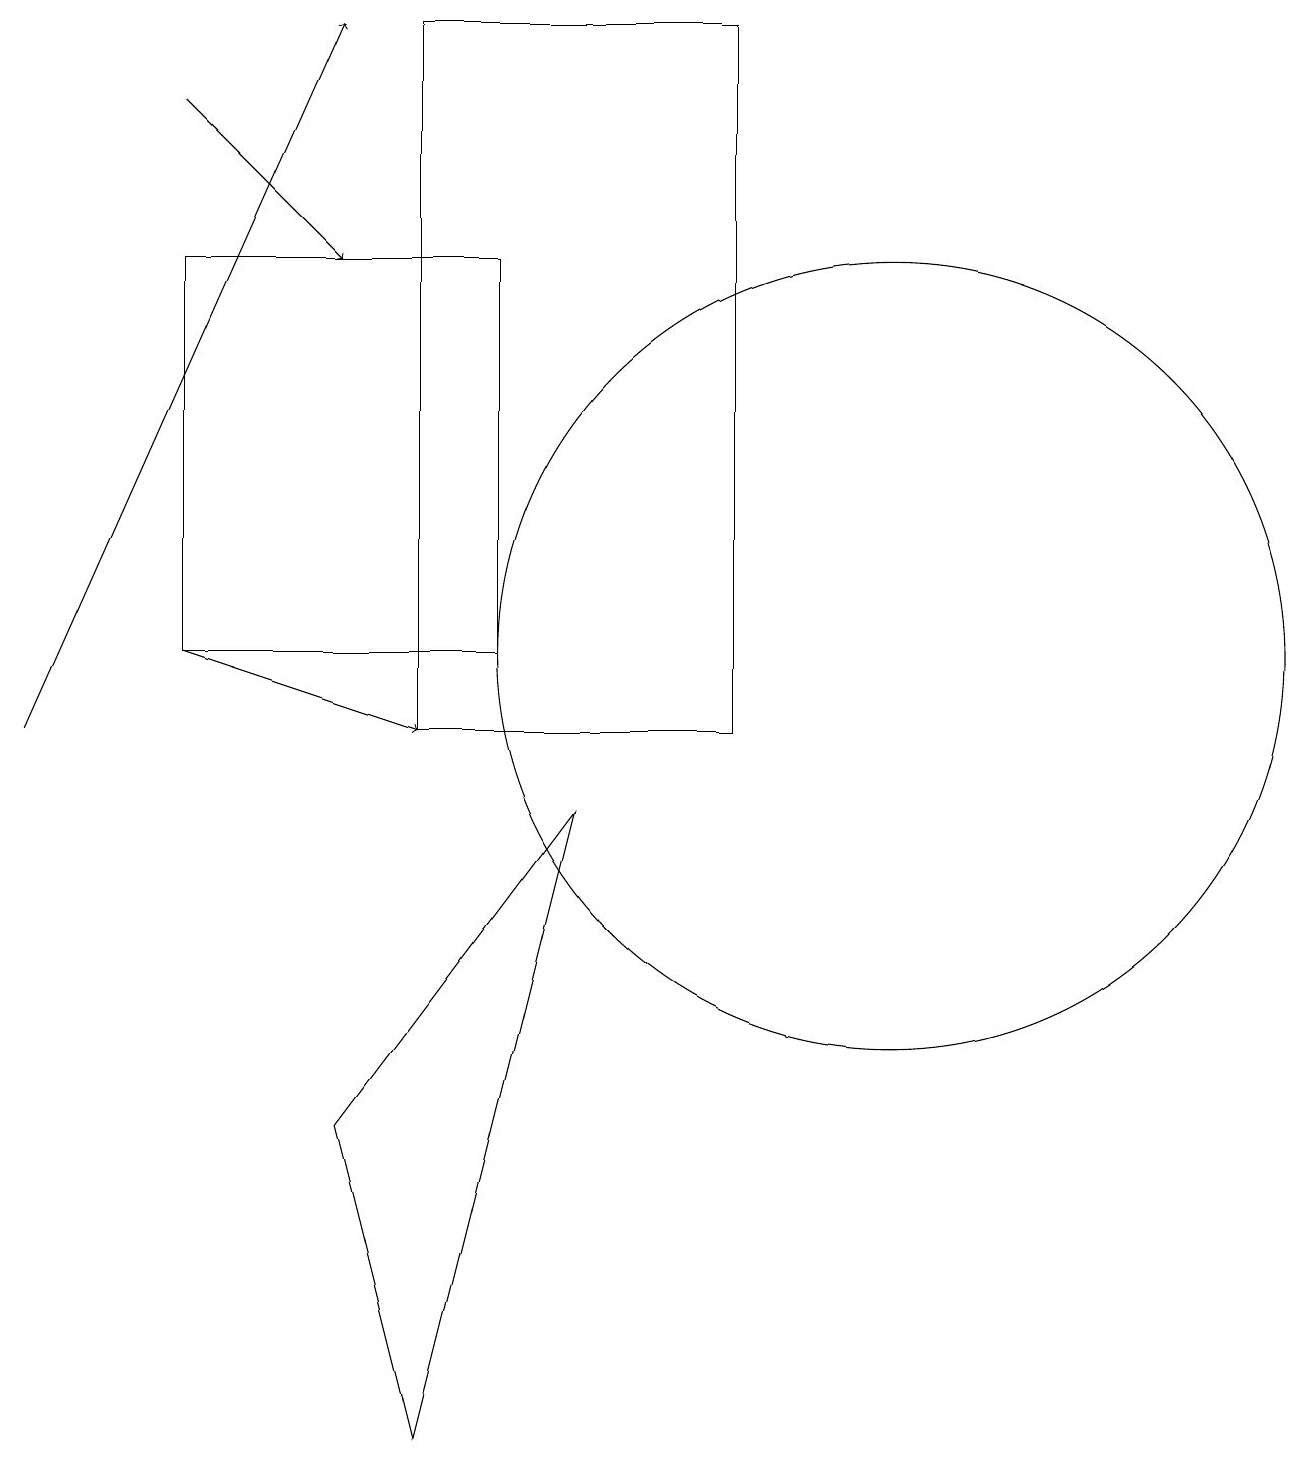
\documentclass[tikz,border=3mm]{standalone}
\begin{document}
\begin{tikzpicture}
\draw (11,11) circle (5);
\draw (7,9) -- (5,1) -- (4,5) -- cycle;
\draw (9,19) rectangle (5,10);
\draw[->] (2,18) -- (4,16);
\draw[->] (2,11) -- (5,10);
\draw[->] (0,10) -- (4,19);
\draw (2,16) rectangle (6,11);
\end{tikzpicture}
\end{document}